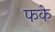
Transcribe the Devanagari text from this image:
फके